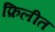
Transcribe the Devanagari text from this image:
फ़िलीत